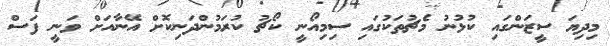
މިދިޔަ ސީޒަންގައި ކުޅުނު މެޗުތަކުގައި ސިމިއޯނީ ކޯޗު ކުރަމުންދަނިކޮށް އޭނާއަށް ވަނީ ފަސް